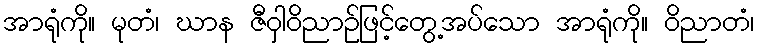
အာရုံကို။ မုတံ၊ ဃာန ဇီဝှါဝိညာဉ်ဖြင့်တွေ့အပ်သော အာရုံကို။ ဝိညာတံ၊